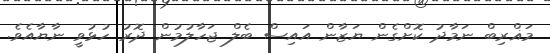
މަޣްރިބް ނަމާދު ކޮށްގެން ޔަޒާން އައިސް ބެލް ޖަހާލުމުން ދޮރު ހުޅުވީ ނާޔާއެވެ.